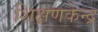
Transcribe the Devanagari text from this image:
शिक्षणकेन्द्र